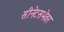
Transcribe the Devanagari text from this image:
सीनेटसभेवर